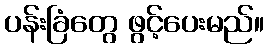
ပန်းခြံတွေ ဖွင့်ပေးမည်။